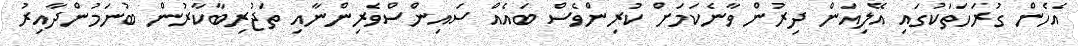
އެހެން ގުރަހަތަކުގައި އޭލިއަން ދިރުން ވާނެކަމަށް ކުރިންވެސް ބައެއް ސައިންސްވެރިންނާއި ތަޖުރިބާކާރުން ބުނަމުންދާއިރު